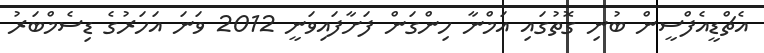
އެޗްޑީއެފްސީން ބުނި ގޮތުގައި އަމްނާ ހިންގަން ފަށާފައިވަނީ 2012 ވަނަ އަހަރުގެ ޑިސެމްބަރު